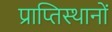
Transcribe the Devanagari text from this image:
प्राप्तिस्थानों